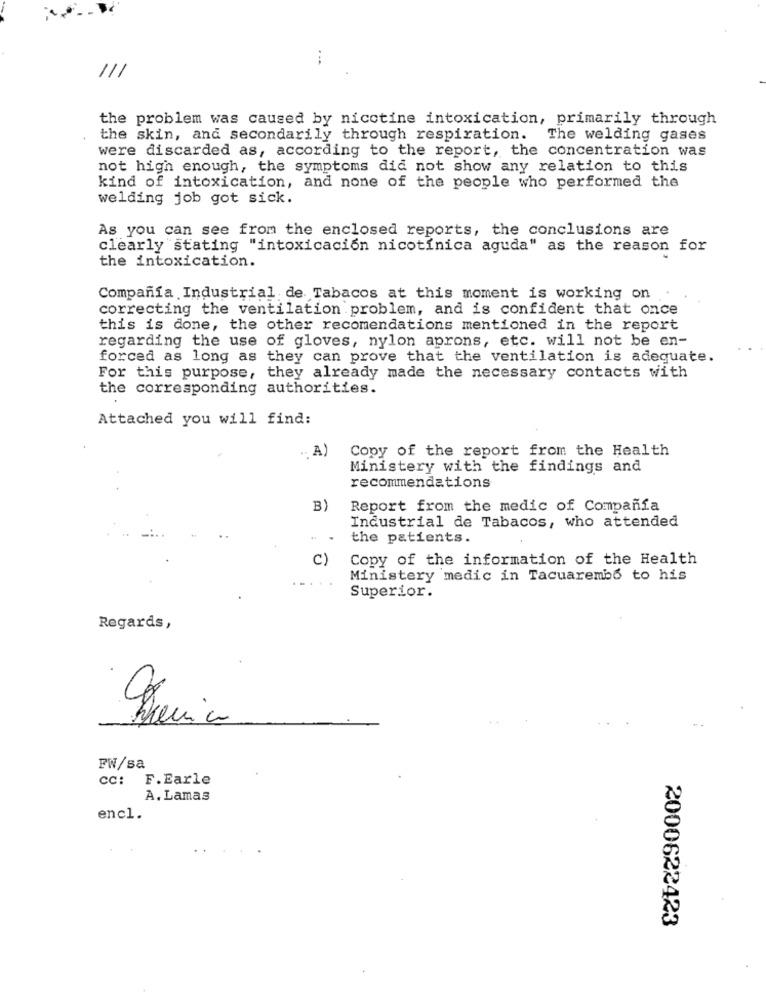
...
111
the problem was caused by nicotine intoxication, primarily through
the skin, and secondarily through respiration. The welding gases
were discarded as, according to the report, the concentration was
not high enough, the symptoms did not show any relation to this
kind of intoxication, and none of the people who performed the
welding job got sick.
As you can see from the enclosed reports, the conclusions are
clearly stating "intoxicación nicotínica aguda" as the reason for
the intoxication.
Compañía Industrial de Tabacos at this moment is working on
correcting the ventilation problem, and is confident that once
this is done, the other recomendations mentioned in the report
regarding the use of gloves, nylon aprons, etc. will not be en-
forced as long as they can prove that the ventilation is adequate.
For this purpose, they already made the necessary contacts with
the corresponding authorities.
Attached you will find:
.. A)
Copy of the report from the Health
Ministery with the findings and
recommendations
B
Report from the medic of Compañía
Industrial de Tabacos, who attended
the patients.
C)
Copy of the information of the Health
Ministery medic in Tacuarembó to his
Superior.
Regards,
FW/sa
CC:
F. Earle
A. Lamas
encl.
2000622423